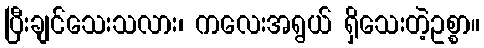
ပြီးချင်သေးသလား၊ ကလေးအရွယ် ရှိသေးတဲ့ဥစ္စာ။